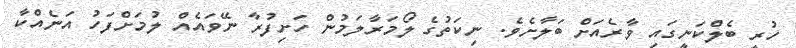
ހުރީ ބެލްކަނީގައި ވާރެއަށް ބަލާށެވެ. ނިކަތުގެ ލޯމަރާލަމުން ހަށިފުރާ ނޭވައެއް ލުމަށްފަހު އަނެއްކާ